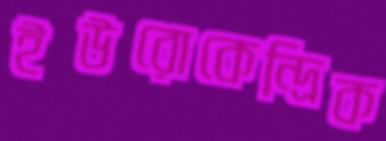
ইউরোকেন্দ্রিক